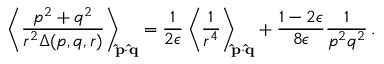
\left\langle { \frac { p ^ { 2 } + q ^ { 2 } } { r ^ { 2 } \Delta ( p , q , r ) } } \right\rangle _ { \! \! { \bf \hat { p } } \cdot { \bf \hat { q } } } = { \frac { 1 } { 2 \epsilon } } \left\langle { \frac { 1 } { r ^ { 4 } } } \right\rangle _ { \! \! { \bf \hat { p } } \cdot { \bf \hat { q } } } + { \frac { 1 - 2 \epsilon } { 8 \epsilon } } { \frac { 1 } { p ^ { 2 } q ^ { 2 } } } \, .